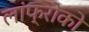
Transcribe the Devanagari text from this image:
लांफ्रोको